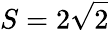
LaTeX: S=2\sqrt{2}